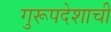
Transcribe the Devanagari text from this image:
गुरूपदेशाची